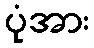
ပုံအား